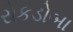
રોકડોબા